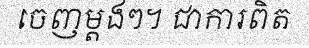
ចេញម្តងៗ។ ជាការពិត